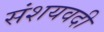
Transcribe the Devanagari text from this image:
संशयवदी